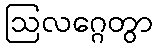
ဩလဂ္ဂေတွာ